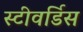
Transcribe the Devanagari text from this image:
स्‍टीवर्डिस